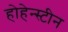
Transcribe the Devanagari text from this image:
होहेन्स्टीन